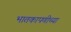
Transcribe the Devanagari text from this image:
भातकापणीच्या